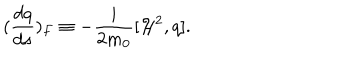
LaTeX: ( \frac { d q } { d s } ) _ { F } \equiv - \frac { i } { 2 m _ { 0 } } [ { \cal H } ^ { 2 } , q ] .